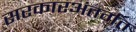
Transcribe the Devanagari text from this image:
सरकारअंतर्गत